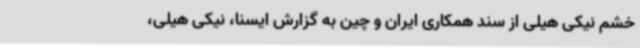
خشم‌ نیکی هیلی از سند همکاری ایران و چین به گزارش ایسنا، نیکی هیلی،